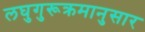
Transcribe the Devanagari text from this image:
लघुगुरूक्रमानुसार